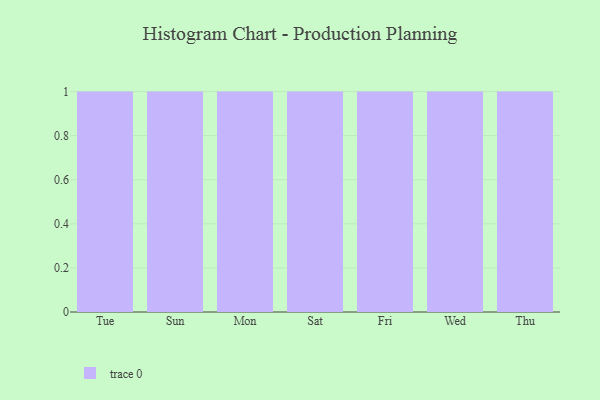
{"axis": {"x": "Day", "y": "Shipments"}, "legend": [""], "data": [{"x": "Tue", "y": 84, "type": ""}, {"x": "Sun", "y": 90, "type": ""}, {"x": "Mon", "y": 68, "type": ""}, {"x": "Sat", "y": 11, "type": ""}, {"x": "Fri", "y": 73, "type": ""}, {"x": "Wed", "y": 56, "type": ""}, {"x": "Thu", "y": 82, "type": ""}]}